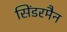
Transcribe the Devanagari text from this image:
सिंडरमैन